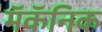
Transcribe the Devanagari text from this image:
मॅकॅनिक